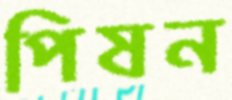
পিষন